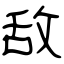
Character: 敌